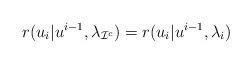
LaTeX: \begin{align*}r(u_i|u^{i-1},\lambda_{\mathcal{I}^c})= r(u_i|u^{i-1},\lambda_i) \end{align*}